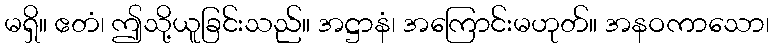
မရှိ။ ဧတံ၊ ဤသို့ယူခြင်းသည်။ အဋ္ဌာနံ၊ အကြောင်းမဟုတ်။ အနဝကာသော၊